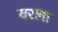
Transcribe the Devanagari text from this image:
वरला